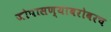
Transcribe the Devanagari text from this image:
जोपासण्याबरोबरच